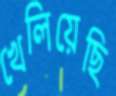
খেলিয়েছি